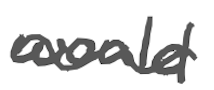
Text: would
Cross-out: wave
Writing tool: digital_gray